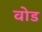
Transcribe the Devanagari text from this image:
वोड